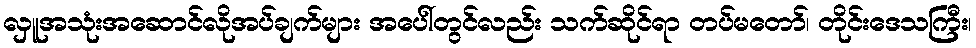
လှူအသုံးအဆောင်လိုအပ်ချက်များ အပေါ်တွင်လည်း သက်ဆိုင်ရာ တပ်မတော်၊ တိုင်းဒေသကြီး၊